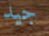
جيد